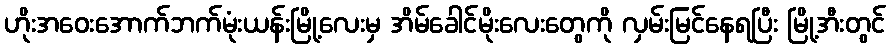
ဟိုးအဝေးအောက်ဘက်မုံးယန်းမြို့လေးမှ အိမ်ခေါင်မိုးလေးတွေကို လှမ်းမြင်နေရပြီး မြို့အီးတွင်